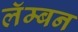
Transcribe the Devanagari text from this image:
लॅम्बन